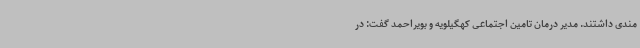
مندی داشتند. مدیر درمان تامین اجتماعی کهگیلویه و بویراحمد گفت: در